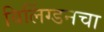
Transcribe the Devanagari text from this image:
विलिंग्डनचा